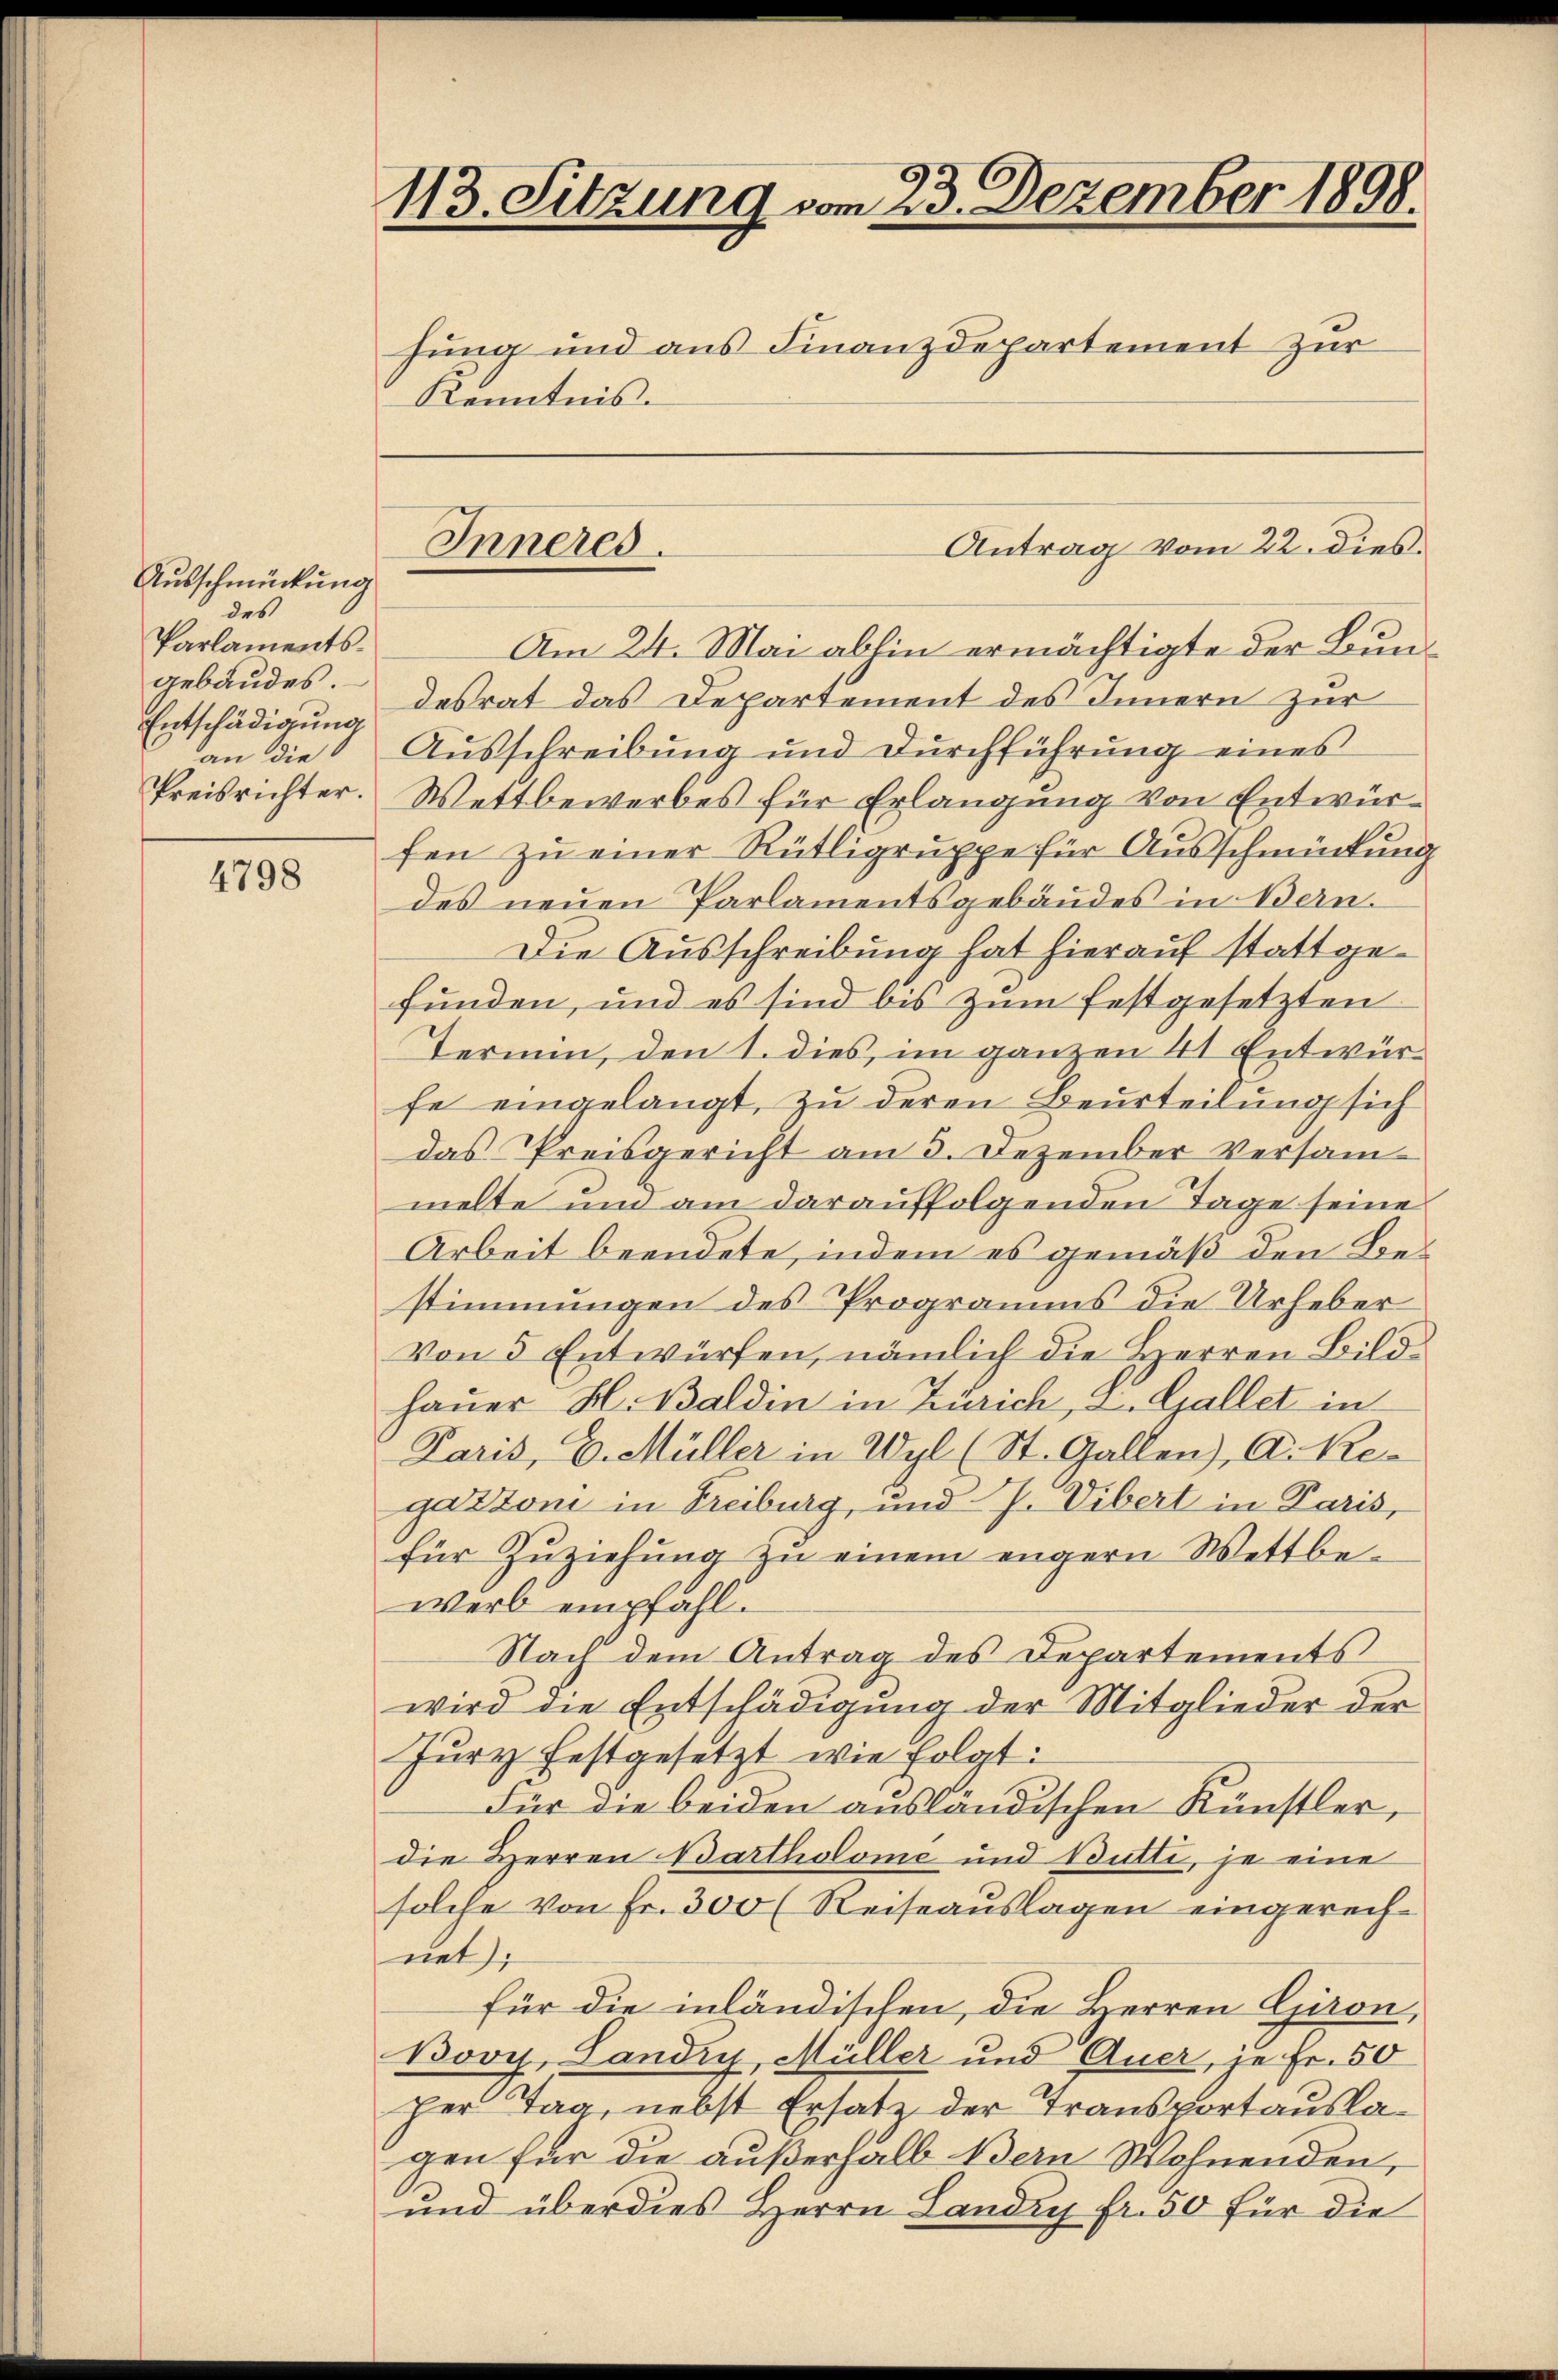
Ausschmückung
des
Parlamentsgebäudes.
Entschädigung
an die
Preisrichter.

4798

113. Sitzung vom 23. Dezember 1898.
hung und aus Finanzdepartement zur
Kenntnis.

Am 24. Mai abhin ermächtigte der Bundesrat das Departement des Innern zur
Ausschreibung und Durchführung eines
Wettbewerbes für Erlangung von Entwürfen zu einer Rütligruppe für Ausschmückung
des neuen Parlamentsgebäudes in Bern.
Die Ausschreibung hat hierauf stattgefunden, und es sind bis zum festgesetzten
Termin, den 1. dies, im ganzen 41 Entwürfe eingelangt, zu deren Beurteilung sich
das Preisgericht am 3. Dezember Versammelte und am darauffolgenden Tage seine
Arbeit beendete, indem es gemäß den Bestimmungen des Programms die Urheber
Von 5 Entwürfen, nämlich die Herren Bildhauer H. Baldin in Zürich, u. Gallet in
Paris, C. Müller in Wyl (St. Gallen), A. Regazzoni in Freiburg, und J. Vibert in Paris,
für Zuziehung zu einem engern Wettbewerb empfahl.
Nach dem Antrag des Departements
wird die Entschädigung der Mitglieder der
Jury festgesetzt wie folgt:
Für die beiden ausländischen Künstler,
die Herren Bartholome und Butti, je eine
solche von Fr. 300 (Reiseauslagen eingerechnet);
für die inländischen, die Herren Giron,
Bovi, Landry, Müller und Auer, je Fr. 50
per Tag, nebst Ersatz der Transportauslagen für die außerhalb Bern Wohnenden,
und überdies Herrn Landry fr. 50 für die

Inneres.

Antrag vom 22. dies.